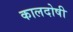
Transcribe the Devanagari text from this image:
कालदोषी